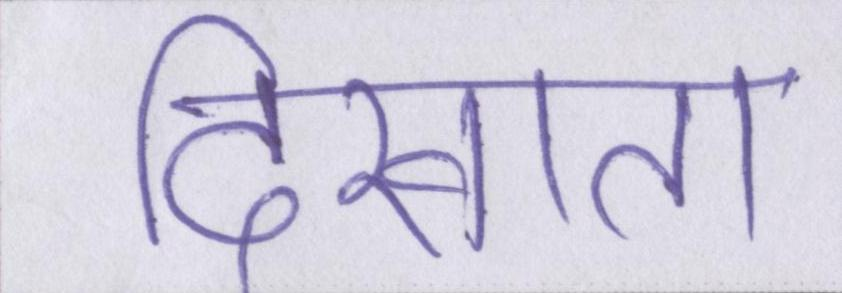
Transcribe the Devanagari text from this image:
दिखाता